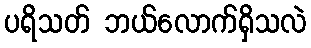
ပရိသတ် ဘယ်လောက်ရှိသလဲ